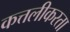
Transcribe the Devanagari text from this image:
कत्तलीकरता